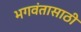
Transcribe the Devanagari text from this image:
भगवंतासाठी